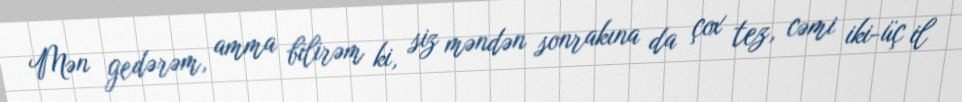
Mən gedərəm, amma bilirəm ki, siz məndən sonrakına da çox tez, cəmi iki-üç il